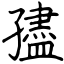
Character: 孻